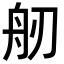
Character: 𦨔